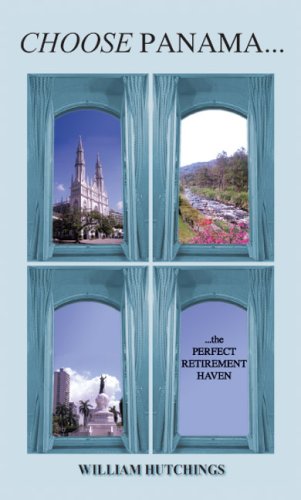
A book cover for CHOOSE PANAMA...the PERFECT RETIREMENT HAVEN; WILLIAM HUTCHINGS; Travel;